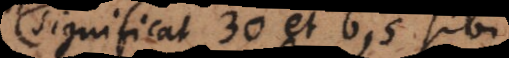
significat 30 et 6, 5 sibi